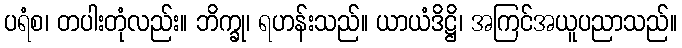
ပရံစ၊ တပါးတုံလည်း။ ဘိက္ခု၊ ရဟန်းသည်။ ယာယံဒိဋ္ဌိ၊ အကြင်အယူပညာသည်။